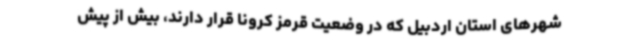
شهرهای استان اردبیل که در وضعیت قرمز کرونا قرار دارند، بیش از پیش